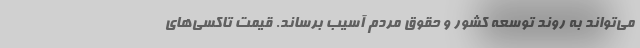
می‌تواند به روند توسعه کشور و حقوق مردم آسیب برساند. قیمت تاکسی‌های